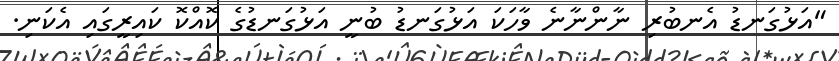
"އަޅުގަނޑު އެނބުރި ނާންނާނެ ވާހަކަ އަޅުގަނޑު ބުނީ އަޅުގަނޑުގެ ކޮއްކޮ ކައިރީގައި އެކަނި.